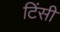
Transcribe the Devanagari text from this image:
टिंसी